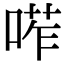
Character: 𠷆